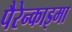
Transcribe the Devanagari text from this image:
पैरेन्काइमा